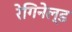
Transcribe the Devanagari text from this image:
रेगिनेल्‍ड